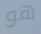
هو